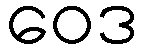
ဝေဒ